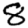
Digit: 8